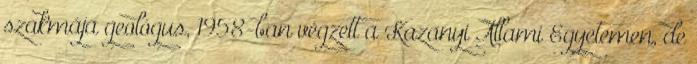
szakmája geológus, 1958-ban végzett a Kazanyi Állami Egyetemen, de